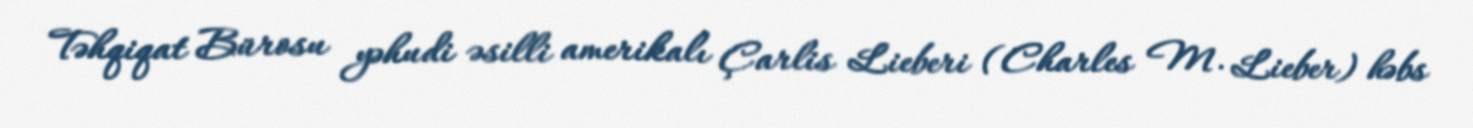
Təhqiqat Bürosu yəhudi əsilli amerikalı Çarlis Lieberi (Charles M. Lieber) həbs